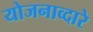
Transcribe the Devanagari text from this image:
योजनाव्दारे